Problem: 24 + 10 = ?
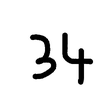
Handwritten answer: 34